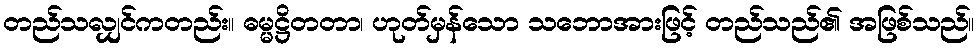
တည်သလျှင်ကတည်း။ ဓမ္မဋ္ဌိတတာ၊ ဟုတ်မှန်သော သဘောအားဖြင့် တည်သည်၏ အဖြစ်သည်။